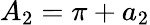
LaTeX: {A_{2}}=\pi+{a_{2}}